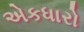
એકધારો